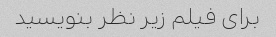
برای فیلم زیر نظر بنویسید